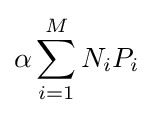
\alpha \sum _{i=1}^{M}N_{i}P_{i}